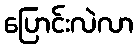
ပြောင်းလဲလာ